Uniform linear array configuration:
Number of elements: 64
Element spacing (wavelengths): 0.5
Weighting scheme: binomial
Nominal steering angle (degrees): -45
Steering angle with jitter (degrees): -46.343
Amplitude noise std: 0.05
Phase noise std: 0.05

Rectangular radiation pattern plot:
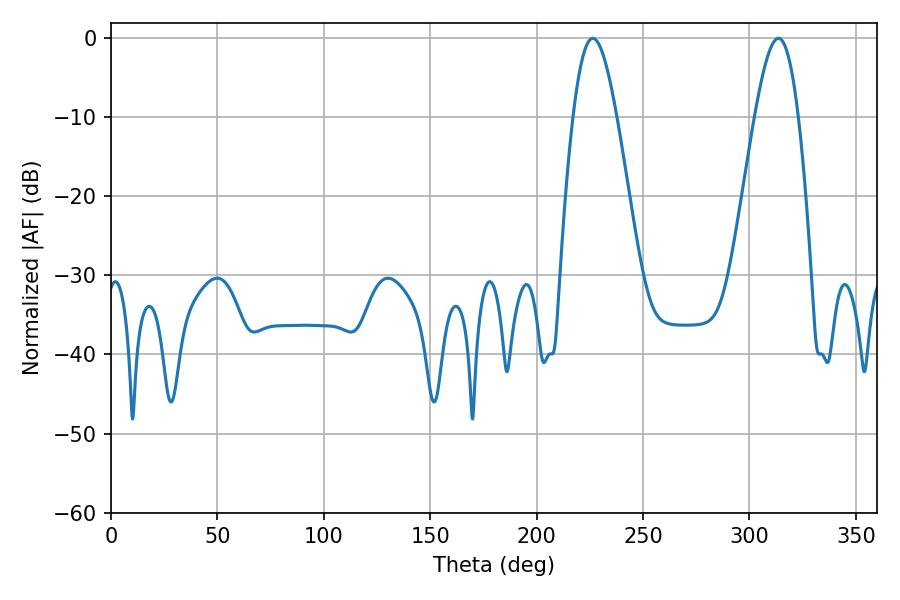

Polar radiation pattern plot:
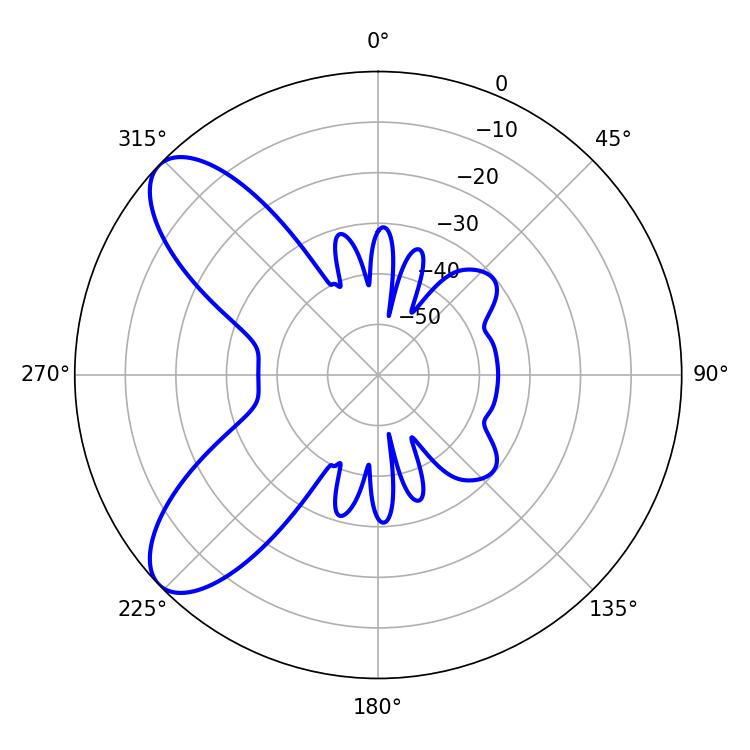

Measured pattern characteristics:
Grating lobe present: FALSE
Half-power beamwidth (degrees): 10.98
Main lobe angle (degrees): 226.44